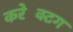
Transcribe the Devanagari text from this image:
करेक्टिंग